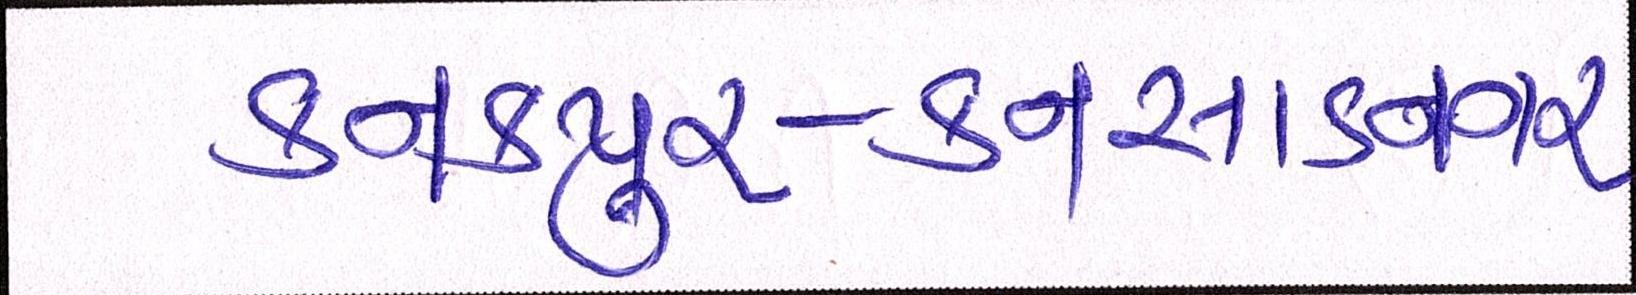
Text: કનકપુર-કનસાડનગર